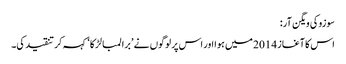
سوزوکی ویگن آر:
اس کا آغاز 2014 میں ہوا اور اس پر لوگوں نے ’برا لمبا لڑکا‘ کہہ کر تنقید کی۔